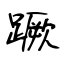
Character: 蹶